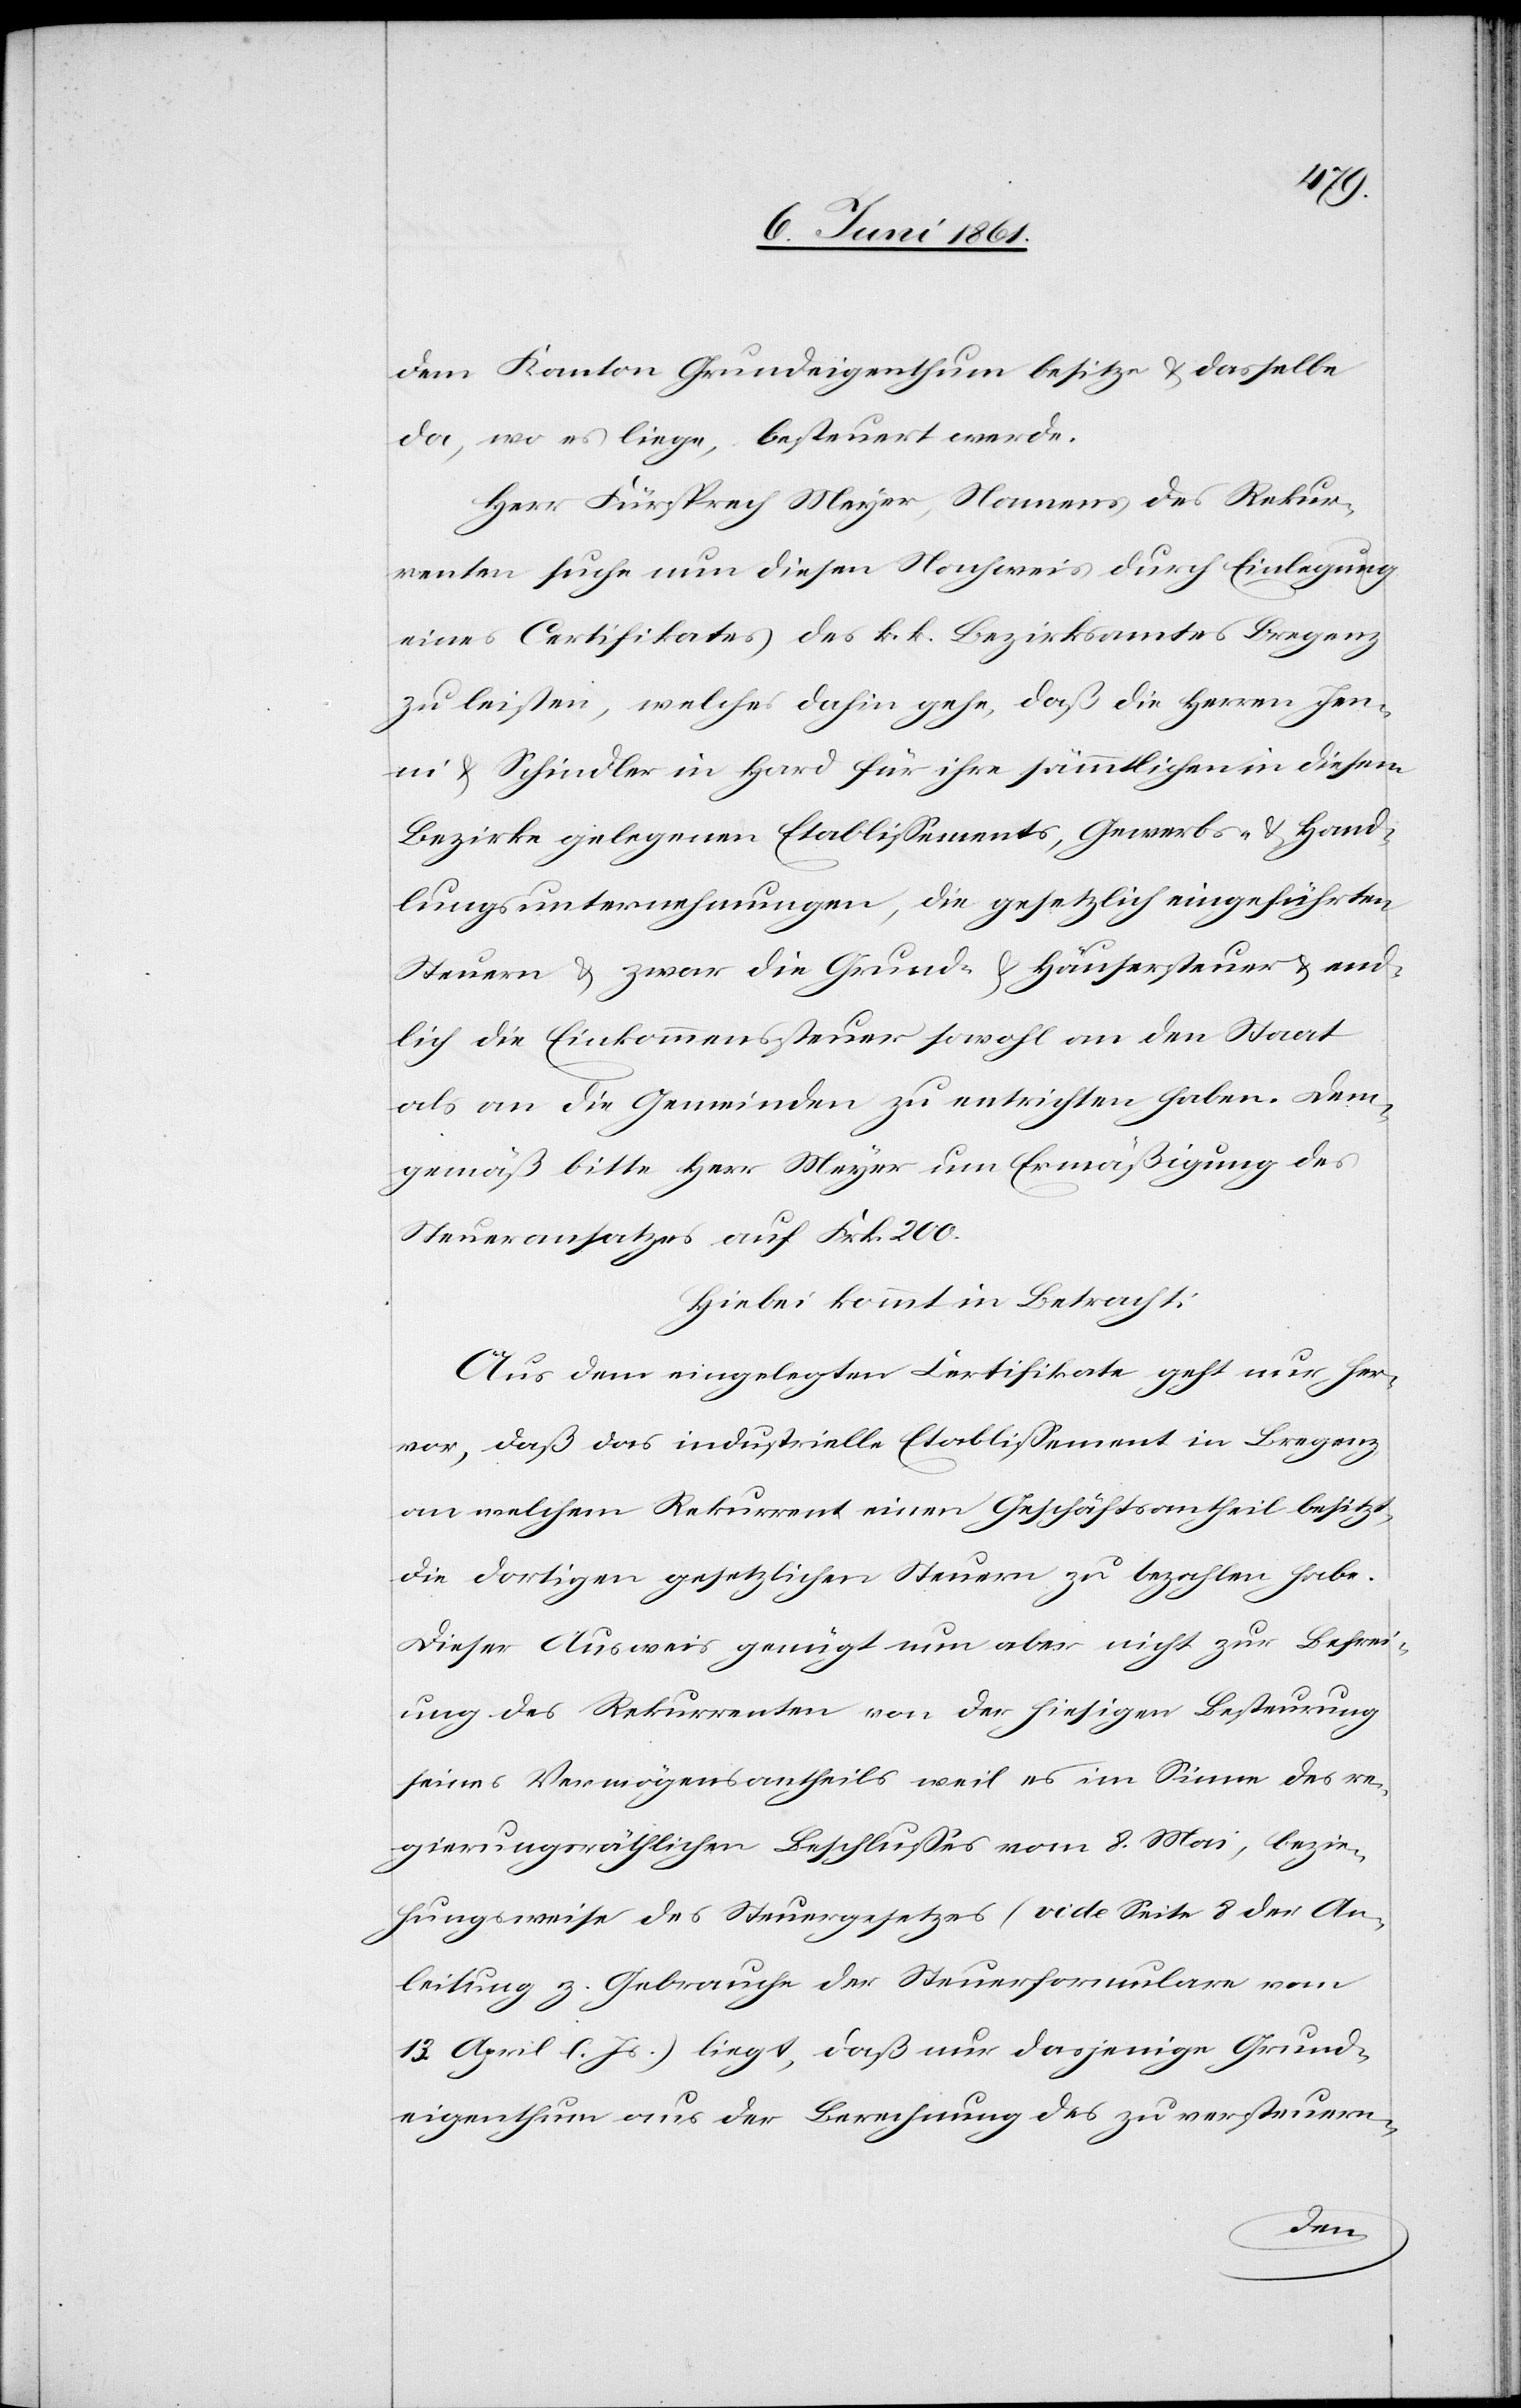
dem Kanton Grundeigenthum besitze u. dasselbe
da, wo es liege, besteuert werde.
Herr Fürsprech Meyer, Namens des Rekur¬
renten suche nun diesen Nachweis durch Einlegung
eines Certifikates des k. k. Bezirksamtes Bregenz
zu leisten, welches dahin gehe, daß die Herren Jen¬
ni u. Schindler in Hard für ihre sämmtlichen in diesem
Bezirke gelegenen Etablissements, Gewerbs- u. Hand¬
lungsunternehmungen, die gesetzlich eingeführten
Steuern u. zwar die Grund- u. Häusersteuer u. end¬
lich die Einkommenssteuer sowohl an den Staat
als an die Gemeinden zu entrichten haben. Dem¬
gemäß bitte Herr Meyer um Ermäßigung des
Steueransatzes auf Frk. 200.
Hiebei kommt in Betracht:
Aus dem eingelegten Certifikate geht nur her¬
vor, daß das industrielle Etablissement in Bregenz
an welchem Rekurrent einen Geschäftsantheil besitzt,
die dortigen gesetzlichen Steuern zu bezahlen habe.
Dieser Ausweis genügt nun aber nicht zur Befrei¬
ung des Rekurrenten von der hiesigen Besteurung
seines Vermögensantheils weil es im Sinne des re¬
gierungsräthlichen Beschlusses vom 8. Mai, bezie¬
hungsweise des Steuergesetzes (vide Seite 8 der An¬
leitung z. Gebrauche der Steuerformulare vom
13. April l. Js.) liegt, daß nur dasjenige Grund¬
eigenthum aus der Berechnung des zu versteuern-